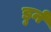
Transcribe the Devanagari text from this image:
डुर्न